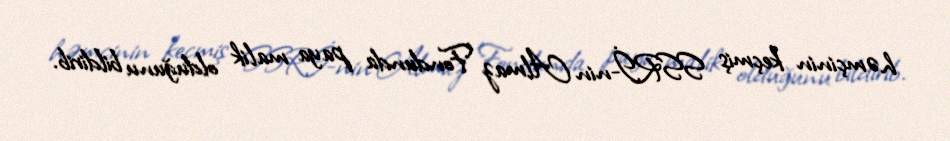
həmçinin keçmiş SSRİ-nin Almaz Fondunda paya malik olduğunu bildirib.